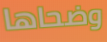
وضحاها